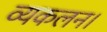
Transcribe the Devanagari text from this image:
व्यकलन।